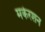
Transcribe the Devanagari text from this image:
मकेरशन